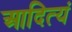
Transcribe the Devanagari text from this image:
आदित्यं